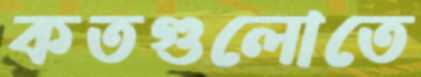
কতগুলোতে